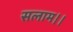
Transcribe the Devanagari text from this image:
सलाम।।